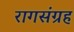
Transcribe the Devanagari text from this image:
रागसंग्रह